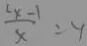
\frac { x - 1 } { x } = y